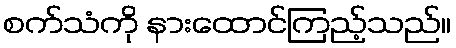
စက်သံကို နားထောင်ကြည့်သည်။